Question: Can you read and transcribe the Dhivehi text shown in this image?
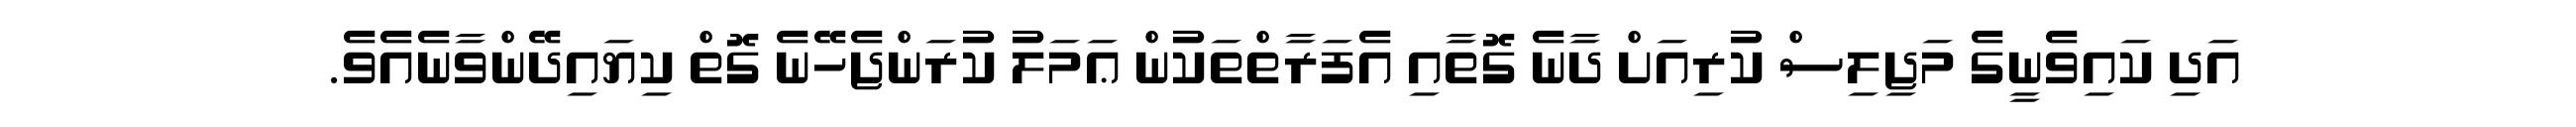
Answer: އަދި ކައިވެނީގެ މަޖިލިސް ކުރިއަށް ދާނެ ގޮތާއި އެފަރާތްތަކުން ޢަމަލު ކުރަންޖެހޭނެ ގޮތް ކިޔައިދޭންވާނެއެވެ.